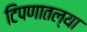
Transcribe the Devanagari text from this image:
टिपणातल्या